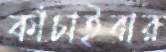
কাঁচাইবার